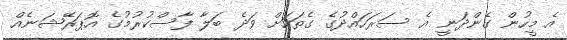
އެ މީހުން ގެންދަނީ އެ ސަރަހައްދުގެ ގެތަކަށް ވަދެ ބަލާ ފާސްކުރުމުގެ އޮޕަރޭޝަނެއް